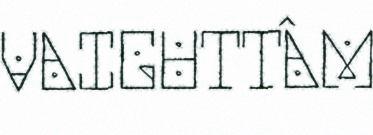
VAIGUTTÂM